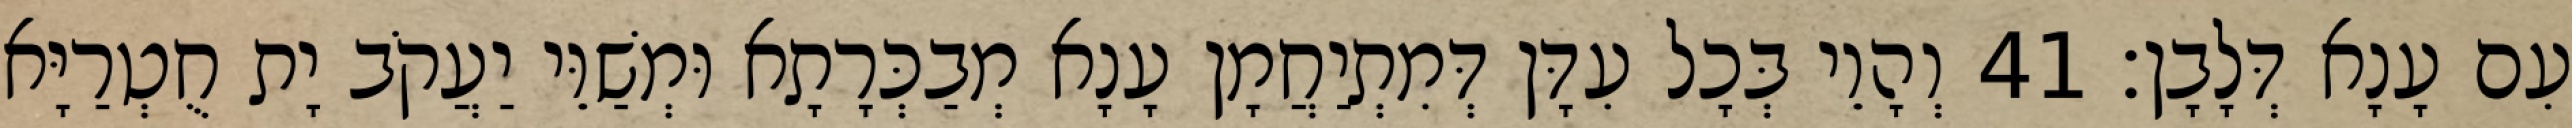
עִם עָנָא דְּלָבָן׃ 41 וְהָוֵי בְּכָל עִדָּן דְּמִתְיַחֲמָן עָנָא מְבַכְּרָתָא וּמְשַׁוֵּי יַעֲקֹב יָת חֻטְרַיָּא